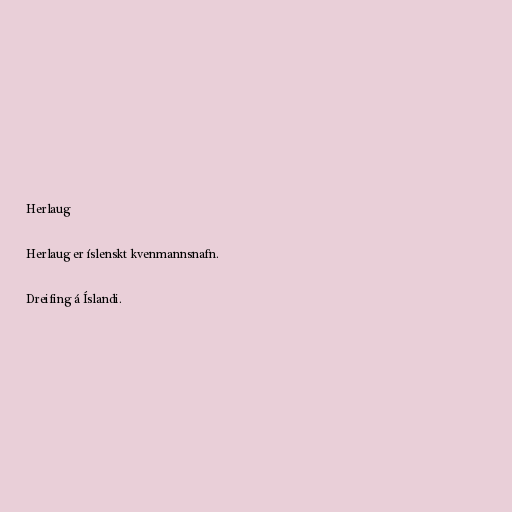
Herlaug

Herlaug er íslenskt kvenmannsnafn.

Dreifing á Íslandi.